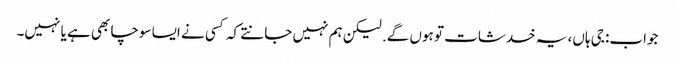
جواب: جی ہاں، یہ خدشات تو ہوں گے. لیکن ہم نہیں جانتے کہ کسی نے ایسا سوچا بھی ہے یا نہیں۔